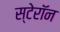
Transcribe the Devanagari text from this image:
स्टेरॉन